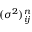
( \sigma ^ { 2 } ) _ { i j } ^ { n }